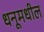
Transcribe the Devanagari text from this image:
धनूमधील